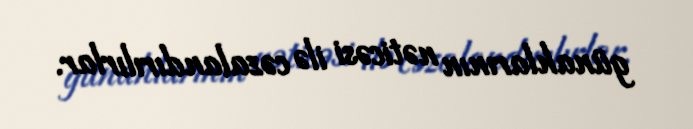
günahlarının nəticəsi ilə cəzalandırılırlar.